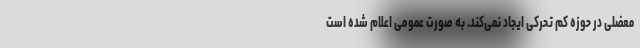
معضلی در حوزه کم تحرکی ایجاد نمی‌کند. به صورت عمومی اعلام شده است